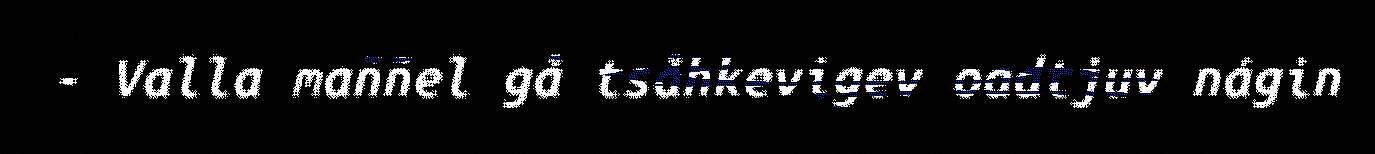
- Valla maññel gå tsåhkevigev oadtjuv nágin